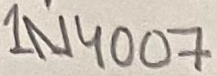
Text: 1N4007